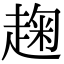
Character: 趜